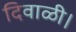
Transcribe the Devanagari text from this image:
दिवाळी।